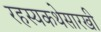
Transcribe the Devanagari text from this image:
रहस्यकथेसारखी